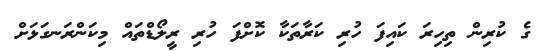
ގެ ކުރިން ތިހިރަ ކައިފަ ހުރި ކަރާތަކާ ކޮށްފަ ހުރި ރީލޯޑްތައް މިކަންރަނގަޅަށް